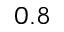
0 . 8